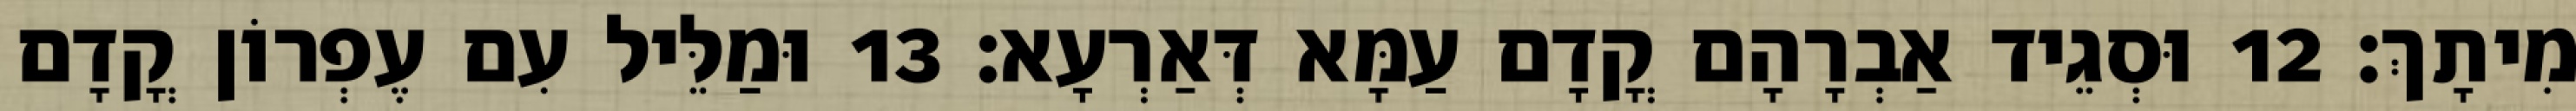
מִיתָךְ׃ 12 וּסְגֵיד אַבְרָהָם קֳדָם עַמָּא דְּאַרְעָא׃ 13 וּמַלֵּיל עִם עֶפְרוֹן קֳדָם